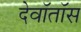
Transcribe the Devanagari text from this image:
देवॉतॉस